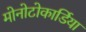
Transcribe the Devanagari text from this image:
मोनोटोकार्डिया